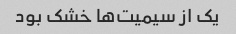
یک از سیمیت‌ها خشک بود